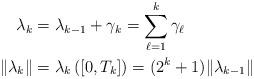
LaTeX: \begin{align*} \lambda_k &= \lambda_{k-1}+\gamma_k = \sum_{\ell=1}^{k}\gamma_\ell\\ \|\lambda_k\|&=\lambda_k\left([0,T_k]\right)=(2^k+1)\|\lambda_{k-1}\| \end{align*}